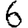
Digit: 6